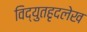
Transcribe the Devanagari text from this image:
विद्युतहृदलेख